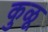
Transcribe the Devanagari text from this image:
कुळू